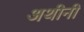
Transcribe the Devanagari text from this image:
अथीनी